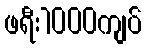
ဖရီး1000ကျပ်